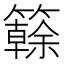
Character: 𥶭